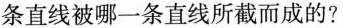
条直线被哪一条直线所截而成的?